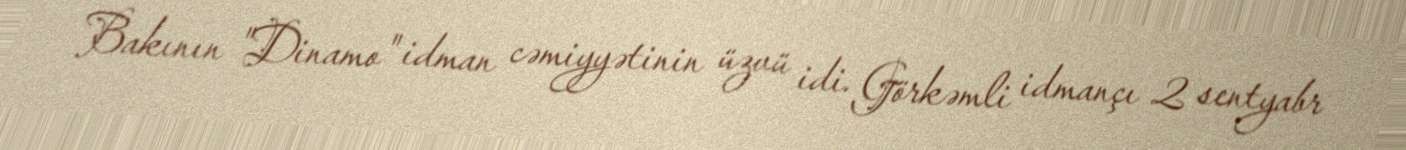
Bakının "Dinamo" idman cəmiyyətinin üzvü idi. Görkəmli idmançı 2 sentyabr